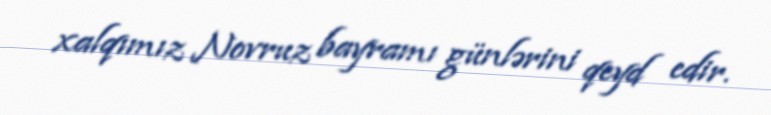
xalqımız Novruz bayramı günlərini qeyd edir.